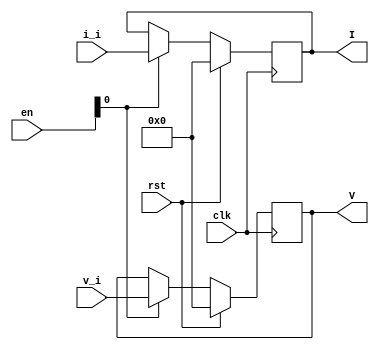
module port_in

(
    input            clk,
    input            rst,
    input      [5:0] v_i,
    input      [5:0] i_i,
    input      [3:0] en,
    output reg [5:0] V,
    output reg [5:0] I   
);

always @(posedge clk)
    begin
        if(rst)
        V <= 0;
        else if (en[0])
        V <= v_i;
        else
        V <= V;
    end

always @(posedge clk)
    begin
        if(rst)
        I <= 0;
        else if (en[0])
        I <= i_i;
        else
        I <= I;
    end

endmodule